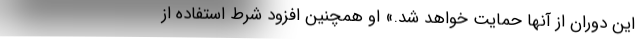
این دوران از آنها حمایت خواهد شد.» او همچنین افزود شرط استفاده از